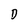
Character: D